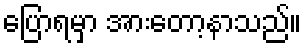
ပြောရမှာ အားတော့နာသည်။